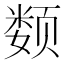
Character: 𲋀